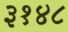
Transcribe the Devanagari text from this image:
३१४८